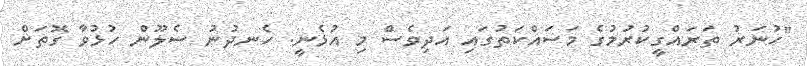
"ހުނަރު ތަރައްގީކުރުމުގެ މަސައްކަތުގައި އަދިވެސް މި އުޅެނީ. ހެނދުނު ސެލޫން ހުޅުވާ ގޮތަށް